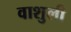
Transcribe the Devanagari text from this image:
वाशुली